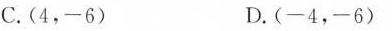
C.(4,-6)D.(-4,-6)